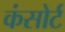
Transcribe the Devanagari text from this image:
कंसोर्ट